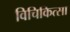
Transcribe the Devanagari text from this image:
विचिकित्सा